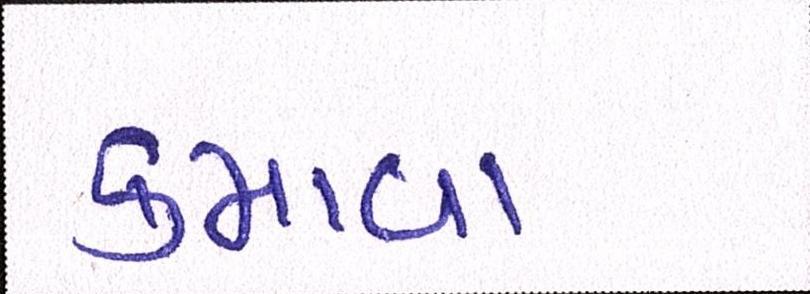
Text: કમાવા